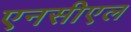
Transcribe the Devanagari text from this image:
एनसीएल